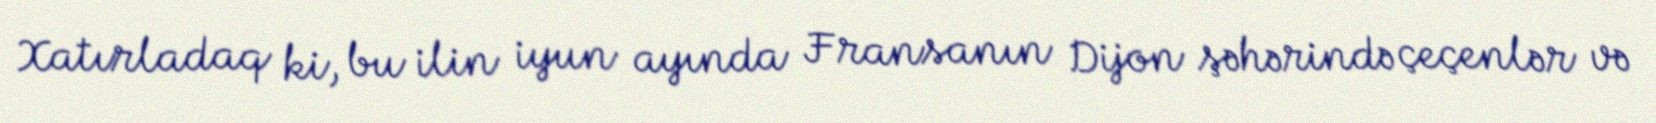
Xatırladaq ki, bu ilin iyun ayında Fransanın Dijon şəhərində çeçenlər və